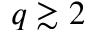
q \gtrsim 2